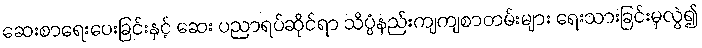
ဆေးစာရေးပေးခြင်းနှင့် ဆေး ပညာရပ်ဆိုင်ရာ သိပ္ပံနည်းကျကျစာတမ်းများ ရေးသားခြင်းမှလွဲ၍